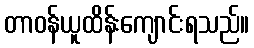
တာဝန်ယူထိန်းကျောင်းရသည်။